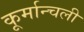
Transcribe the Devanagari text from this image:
कूर्मान्चली